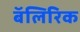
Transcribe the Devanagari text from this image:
बॅलिरिक